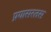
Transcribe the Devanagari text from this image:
प्रयासरतस